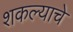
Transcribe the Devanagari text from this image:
शकल्याचे